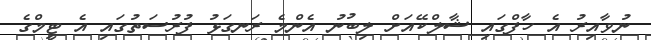
ނުވާއިރު އެ ހާފްގައި ޝާލްކޭއަށް ލިބުނު އެންމެ ރަނގަޅު ފުރުސަތުގައި އެ ޓީމްގެ